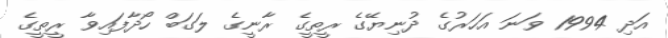
އަދި 1994 ވަނަ އަހަރުގެ ދުނިޔޭގެ ރީތީގެ ރާނީގެ ލަގަބް ހޯދާފައިވާ ރީތީގެ